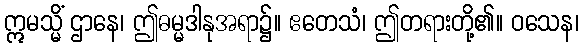
ဣမသ္မိံ ဌာနေ၊ ဤဓမ္မဒါနုအရာ၌။ ဧတေသံ၊ ဤတရားတို့၏။ ဝသေန၊